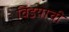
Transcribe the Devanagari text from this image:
विडयाची